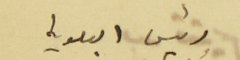
رئيس البلدية